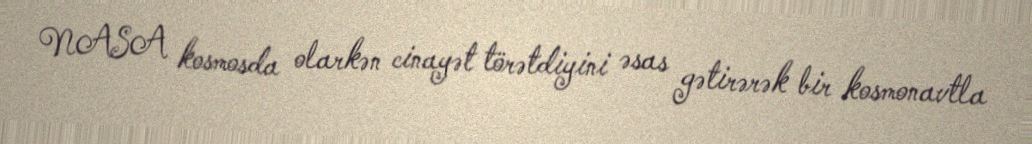
NASA kosmosda olarkən cinayət törətdiyini əsas gətirərək bir kosmonavtla